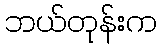
ဘယ်တုန်းက